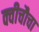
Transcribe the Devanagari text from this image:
क्वीचौचा